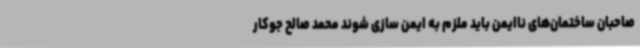
صاحبان ساختمان‌های ناایمن باید ملزم به ایمن سازی شوند محمد صالح جوکار